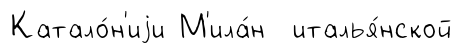
Катало́н'иjи М'ила́н италья́нской